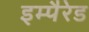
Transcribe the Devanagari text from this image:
इम्पैरेड